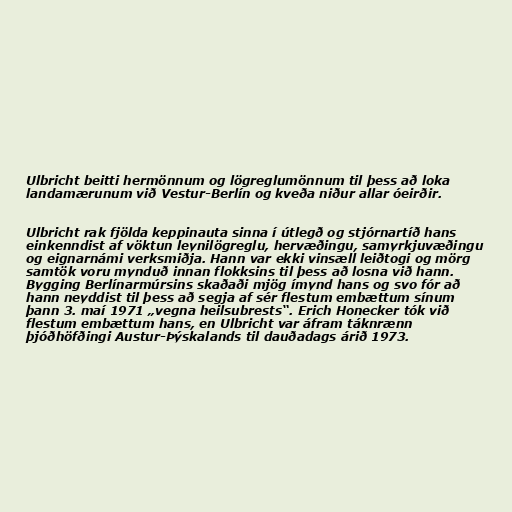
Ulbricht beitti hermönnum og lögreglumönnum til þess að loka
landamærunum við Vestur-Berlín og kveða niður allar óeirðir.

Ulbricht rak fjölda keppinauta sinna í útlegð og stjórnartíð hans
einkenndist af vöktun leynilögreglu, hervæðingu, samyrkjuvæðingu
og eignarnámi verksmiðja. Hann var ekki vinsæll leiðtogi og mörg
samtök voru mynduð innan flokksins til þess að losna við hann.
Bygging Berlínarmúrsins skaðaði mjög ímynd hans og svo fór að
hann neyddist til þess að segja af sér flestum embættum sínum
þann 3. maí 1971 „vegna heilsubrests“. Erich Honecker tók við
flestum embættum hans, en Ulbricht var áfram táknrænn
þjóðhöfðingi Austur-Þýskalands til dauðadags árið 1973.